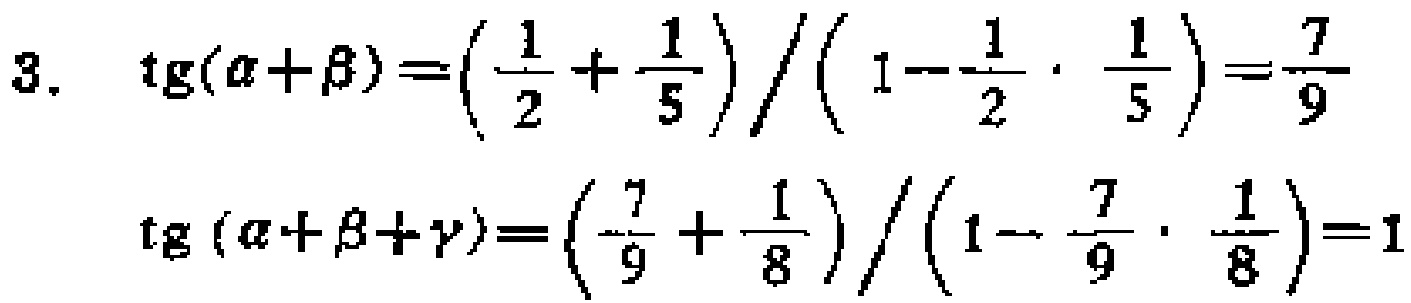
\[
\begin{align*}
3.\quad \mathrm{tg}(\alpha + \beta)&=\left(\frac{1}{2}+\frac{1}{5}\right)/\left(1 - \frac{1}{2}\cdot\frac{1}{5}\right)=\frac{7}{9}\\
\mathrm{tg}(\alpha+\beta+\gamma)&=\left(\frac{7}{9}+\frac{1}{8}\right)/\left(1-\frac{7}{9}\cdot\frac{1}{8}\right)=1
\end{align*}
\]